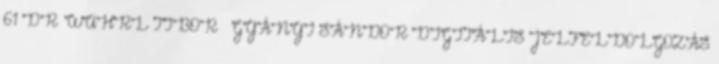
61 DR. WÜHRL TIBOR – GYÁNYI SÁNDOR DIGITÁLIS JELFELDOLGOZÁS